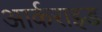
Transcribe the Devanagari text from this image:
आर्कराइड